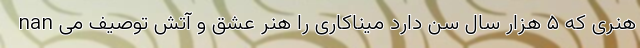
nan هنری که ۵ هزار سال سن دارد میناکاری را هنر عشق و آتش توصیف می